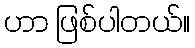
ဟာ ဖြစ်ပါတယ်။